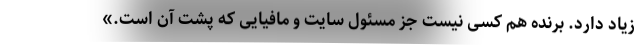
زیاد دارد. برنده هم کسی نیست جز مسئول سایت و مافیایی که پشت آن است.»